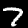
Label: 7